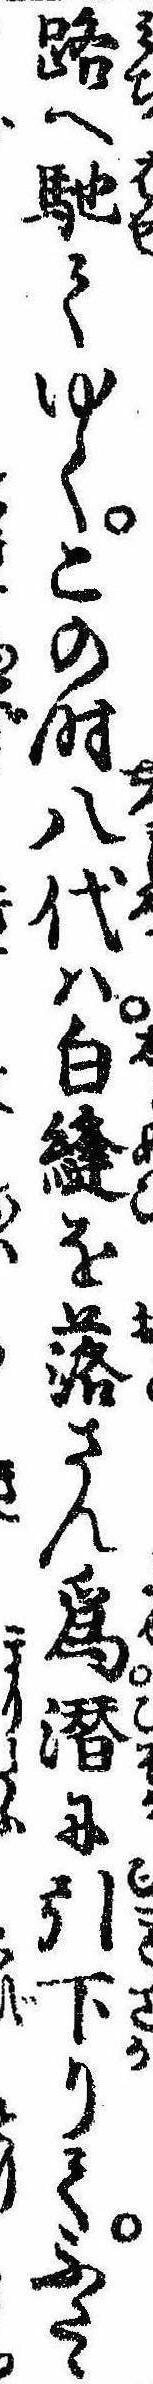
路へ馳てゆくこの時八代は白縫を落さん為潜に引下りてふたゝ